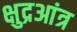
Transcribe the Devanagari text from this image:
क्षुद्रआंत्र